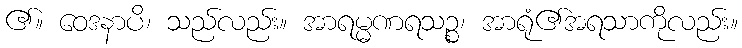
၏။ ဝေဒနာပိ၊ သည်လည်း။ အာရမ္မဏရသဉ္စ၊ အာရုံ၏အရသာကိုလည်း။